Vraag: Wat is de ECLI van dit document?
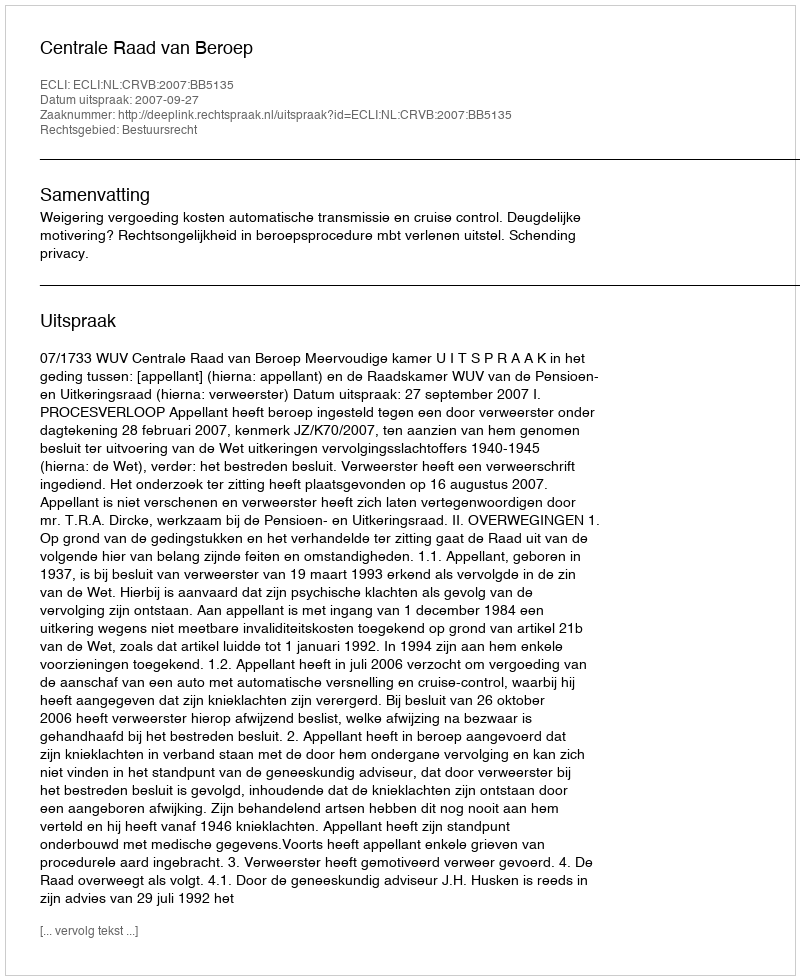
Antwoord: ECLI:NL:CRVB:2007:BB5135